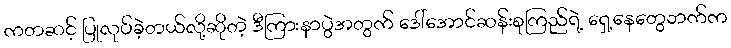
ကတဆင့် ပြုလုပ်ခဲ့တယ်လို့ဆိုတဲ့ ဒီကြားနာပွဲအတွက် ဒေါ်အောင်ဆန်းစုကြည်ရဲ့ ရှေ့နေတွေဘက်က